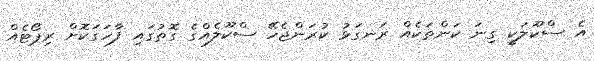
އެ ސްކޫލަކީ ގިނަ ކަންތަކެއް ރަނގަޅު ކުރަންޖެހޭ ސްކޫލެއްގެ ގޮތުގައި ފާހަގަކޮށް ރިޕޯޓެއް